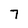
Character: 7